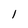
Character: 1